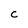
Character: C